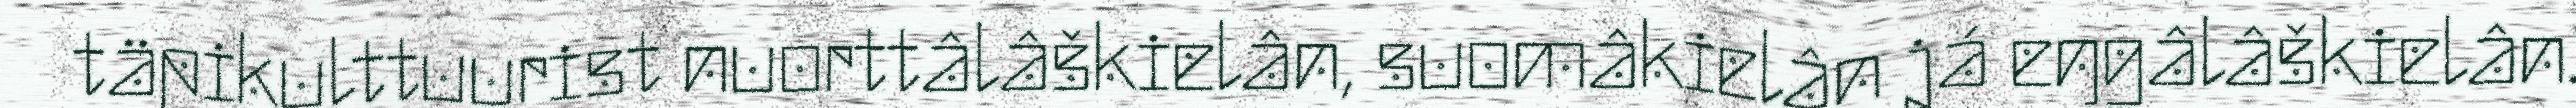
täpikulttuurist nuorttâlâškielân, suomâkielân já eŋgâlâškielân.